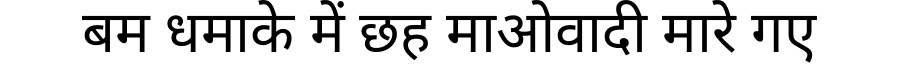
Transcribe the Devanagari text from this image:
बम धमाके में छह माओवादी मारे गए